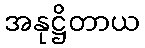
အနုဋ္ဌိတာယ